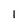
Character: 1